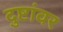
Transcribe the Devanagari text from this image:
दुष्टांवर